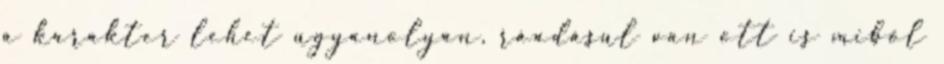
a karakter lehet ugyanolyan, ráadásul van ott is miből